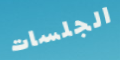
الجلسات